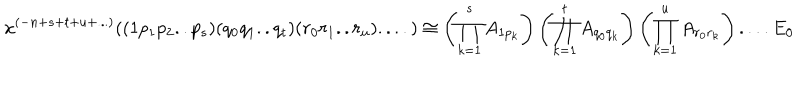
LaTeX: x ^ { ( - n + s + t + u + . . . ) } ( ( 1 p _ { 1 } p _ { 2 } . . p _ { s } ) ( q _ { 0 } q _ { 1 } . . q _ { t } ) ( r _ { 0 } r _ { 1 } . . r _ { u } ) . . . . ) \cong \left( \prod _ { k = 1 } ^ { s } A _ { 1 p _ { k } } \right) \left( \prod _ { k = 1 } ^ { t } A _ { q _ { 0 } q _ { k } } \right) \left( \prod _ { k = 1 } ^ { u } A _ { r _ { 0 } r _ { k } } \right) . . . . E _ { 0 }